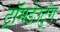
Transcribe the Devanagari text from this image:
ट्रॉमडेउटुंग